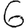
Digit: 6